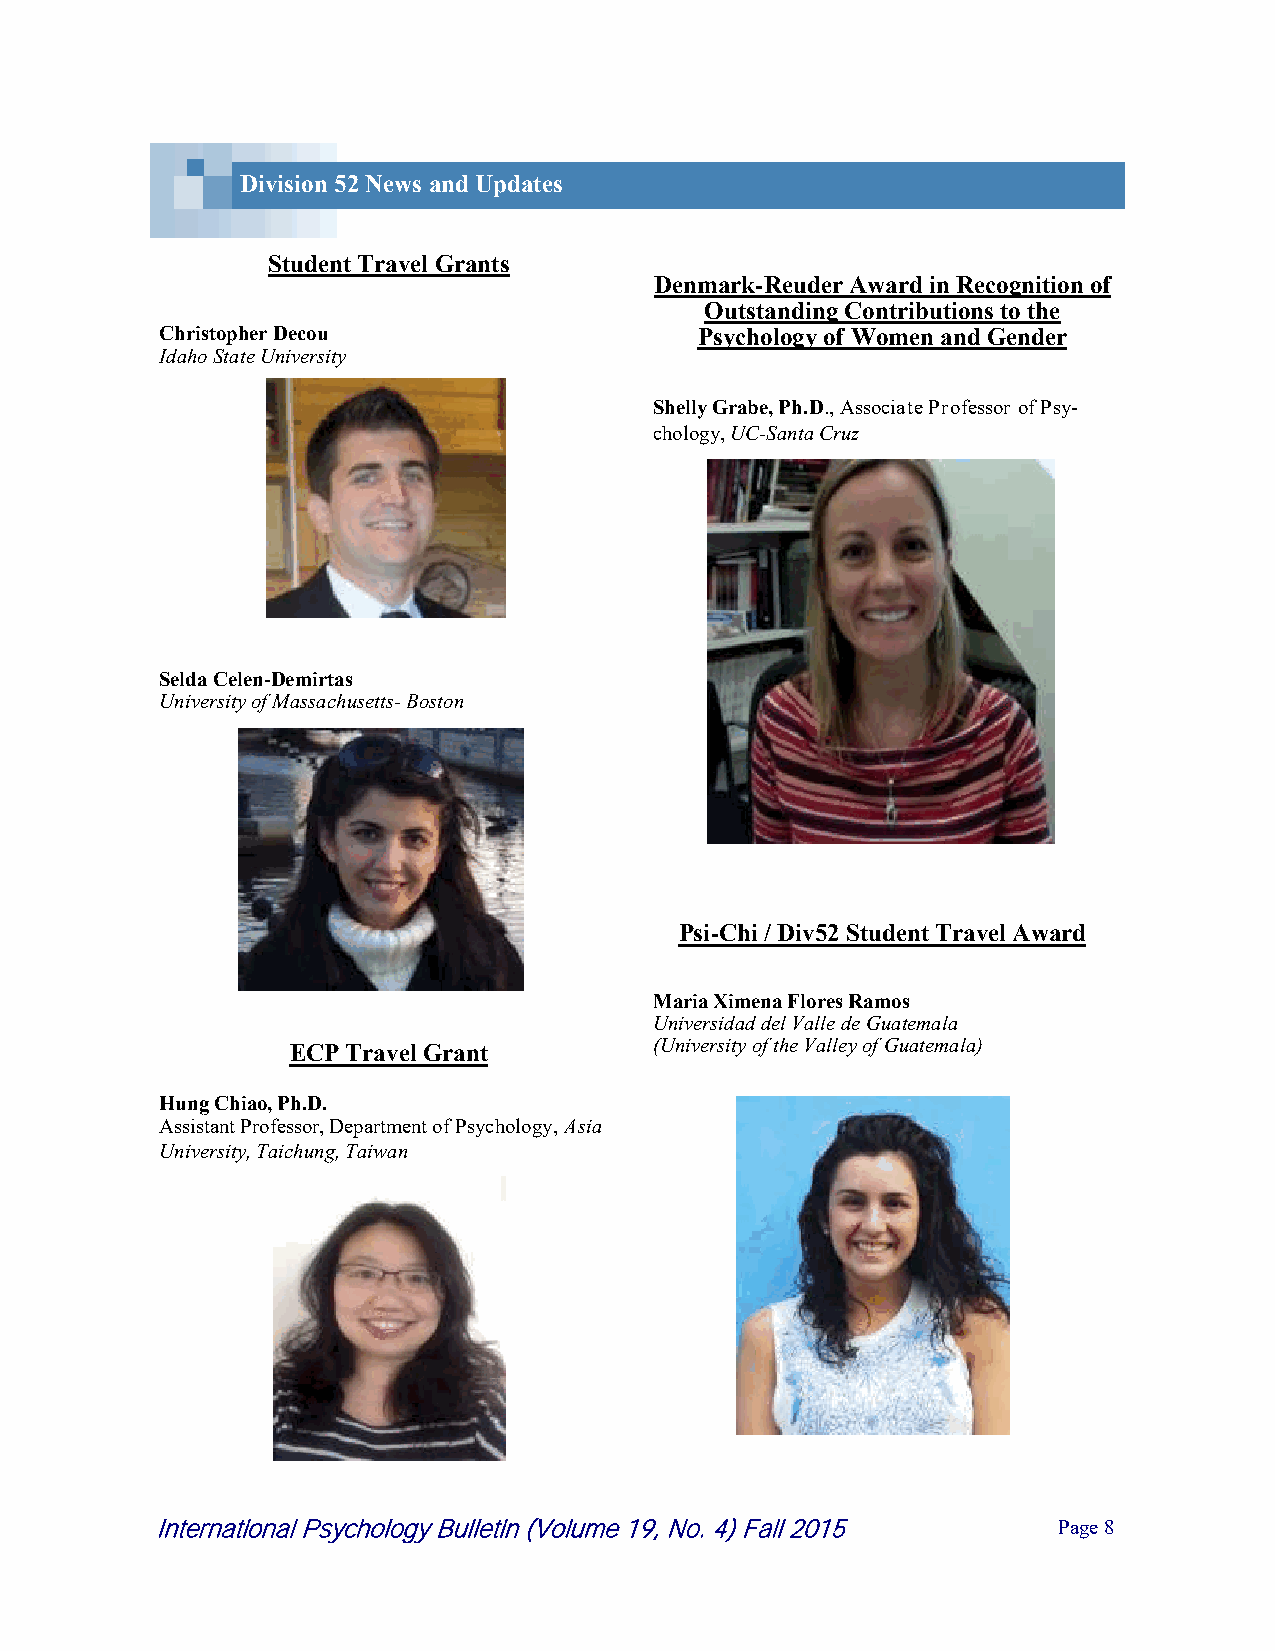
Division 52 News and Updates
 Student Travel Grants
 Denmark-Reuder Award in Recognition of
 Outstanding Contributions to the
 Christopher Decou                  Psychology of Women and Gender
 Idaho State University
 Shelly Grabe, Ph.D., Associate Professor of Psy-
 chology, UC-Santa Cruz
 Selda Celen-Demirtas
 University of Massachusetts- Boston
 Psi-Chi / Div52 Student Travel Award
 Maria Ximena Flores Ramos
 Universidad del Valle de Guatemala
 ECP Travel Grant        (University of the Valley of Guatemala)
 Hung Chiao, Ph.D.
 Assistant Professor, Department of Psychology, Asia
 University, Taichung, Taiwan
 International Psychology Bulletin (Volume 19, No. 4) Fall 2015 P a g e 8